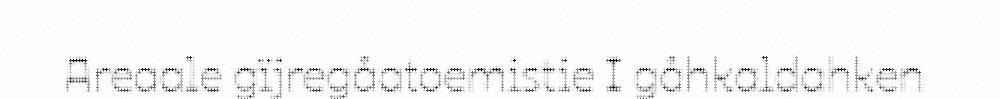
Areaale gïjregåatoemistie I gåhkaldahken